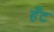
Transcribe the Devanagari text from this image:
हँट